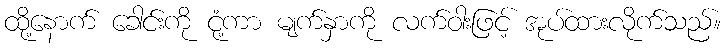
ထို့နောက် ခေါင်းကို ငုံ့ကာ မျက်နှာကို လက်ဝါးဖြင့် အုပ်ထားလိုက်သည်။